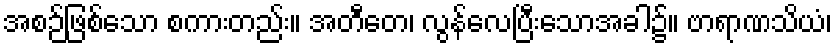
အစဉ်ဖြစ်သော စကားတည်း။ အတီတေ၊ လွန်လေပြီးသောအခါ၌။ ဗာရာဏသိယံ၊